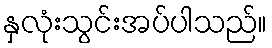
နှလုံးသွင်းအပ်ပါသည်။